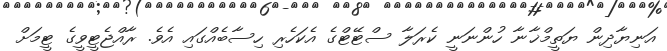
އަނިޔާދިން ޔަތީމްޚާނާ ހުންނަނީ ކެރަލާ ސްޓޭޓްގެ އެކަހެރި ހިސާބެއްގައި އެވެ. ރާއްޖެޓީވީގެ ޓީމަށް